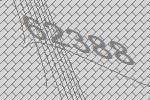
62388